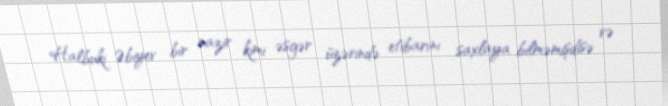
Halbuki Əbiyev bir nazir kimi əsgər üzərində etibarını saxlaya bilməmişdisə və